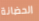
الحضانة